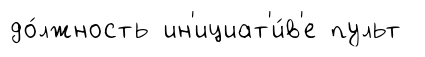
до́лжность ин'ициат'и́в'е пульт